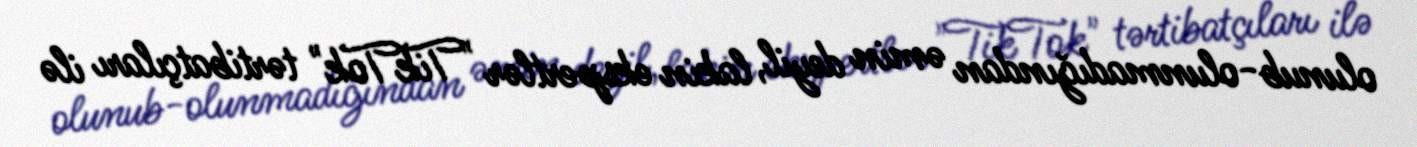
olunub-olunmadığından əmin deyil, lakin ekspertlər "TikTok" tərtibatçıları ilə